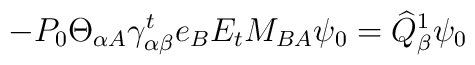
-P_0\Theta_{\alpha A}\gamma^t_{\alpha\beta}e_BE_tM_{BA}\psi_0=\widehat{Q}_\beta^1\psi_0